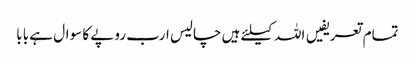
تمام تعریفیں اللہ کیلئے ہیں	 چالیس ارب روپے کا سوال ہے بابا